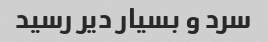
سرد و بسیار دیر رسید